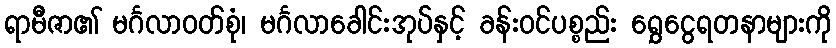
ရာမီဇာ၏ မင်္ဂလာဝတ်စုံ၊ မင်္ဂလာခေါင်းအုပ်နှင့် ခန်းဝင်ပစ္စည်း ရွှေငွေရတနာများကို